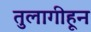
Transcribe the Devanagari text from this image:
तुलागीहून